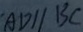
A D / / B C